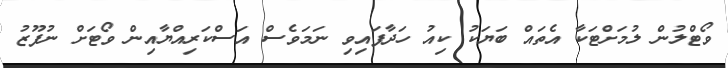
ވޯޓްލުން ލުމަށްޓަކާ އެތައް ބަޔަކު ކިއު ހަދާފައިވި ނަމަވެސް އަސްކަރިއްޔާއިން ވޯޓަށް ނުފޫޒު